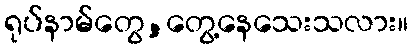
ရုပ်နာမ်တွေ,တွေ့နေသေးသလား။